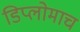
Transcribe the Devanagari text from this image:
डिप्लोमाच